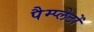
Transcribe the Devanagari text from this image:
पैम्प्लेटों